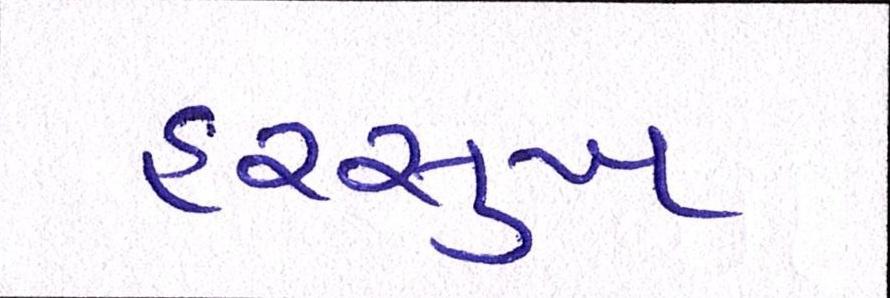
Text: હરસુખ